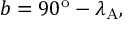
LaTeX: b = 9 0 ^ { \mathrm { o } } - \lambda _ { \mathrm { A } } ,